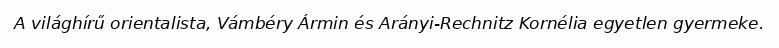
A világhírű orientalista, Vámbéry Ármin és Arányi-Rechnitz Kornélia egyetlen gyermeke.